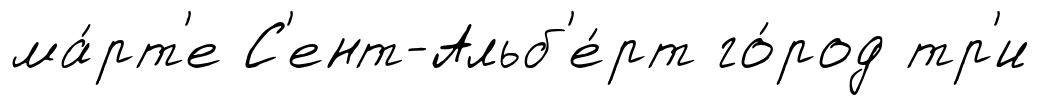
ма́рт'е С'ент-Альб'е́рт го́род тр'и